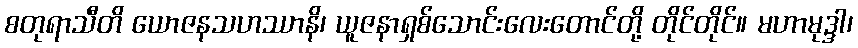
စတုရာသီတိ ယောဇနသဟဿာနိ၊ ယူဇနာရှစ်သောင်းလေးတောင်တို့ တိုင်တိုင်။ မဟာမုဒ္ဒါ၊